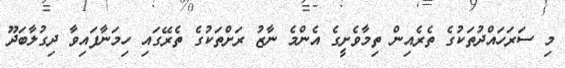
މި ސަރަހައްދުތަކުގެ ތެރެއިން ތިމާވެށީގެ އެންމެ ނާޒު ރަށްތަކުގެ ތެރޭގައި ހިމަނާފައިވާ ދިގުލާބަދޫ